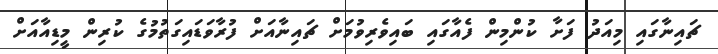
ޗައިނާގައި މިއަދު ފަށާ ކުންމިން ފެއާގައި ބައިވެރިވުމަށް ޗައިނާއަށް ފުރާވަޑައިގަތުމުގެ ކުރިން މީޑިއާއަށް